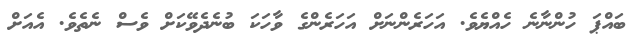
ބައްޕަ ހުންނާނެ ހެއްޔެވެ. އަހަރެންނަށް އަހަރެންގެ ވާހަކަ ބުނެދެވޭކަށް ވެސް ނެތެވެ. އެއަށް